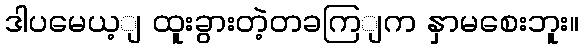
ဒါပမေယ့ျ ထူးခွားတဲ့တခကြျက နှာမစေးဘူး။